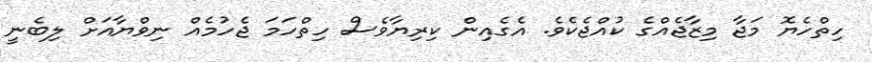
ހިތްހެޔޮ މަޖާ މިޒާޖެއްގެ ކުއްޖެކެވެ. އެގެއިން ކިރިޔާވެސް ހިތްހަމަ ޖެހުމެއް ނިވްޔާއަށް ލިބެނީ